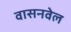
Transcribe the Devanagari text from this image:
वासनवेल